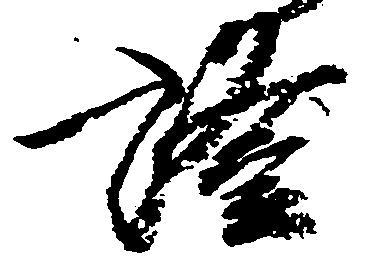
証